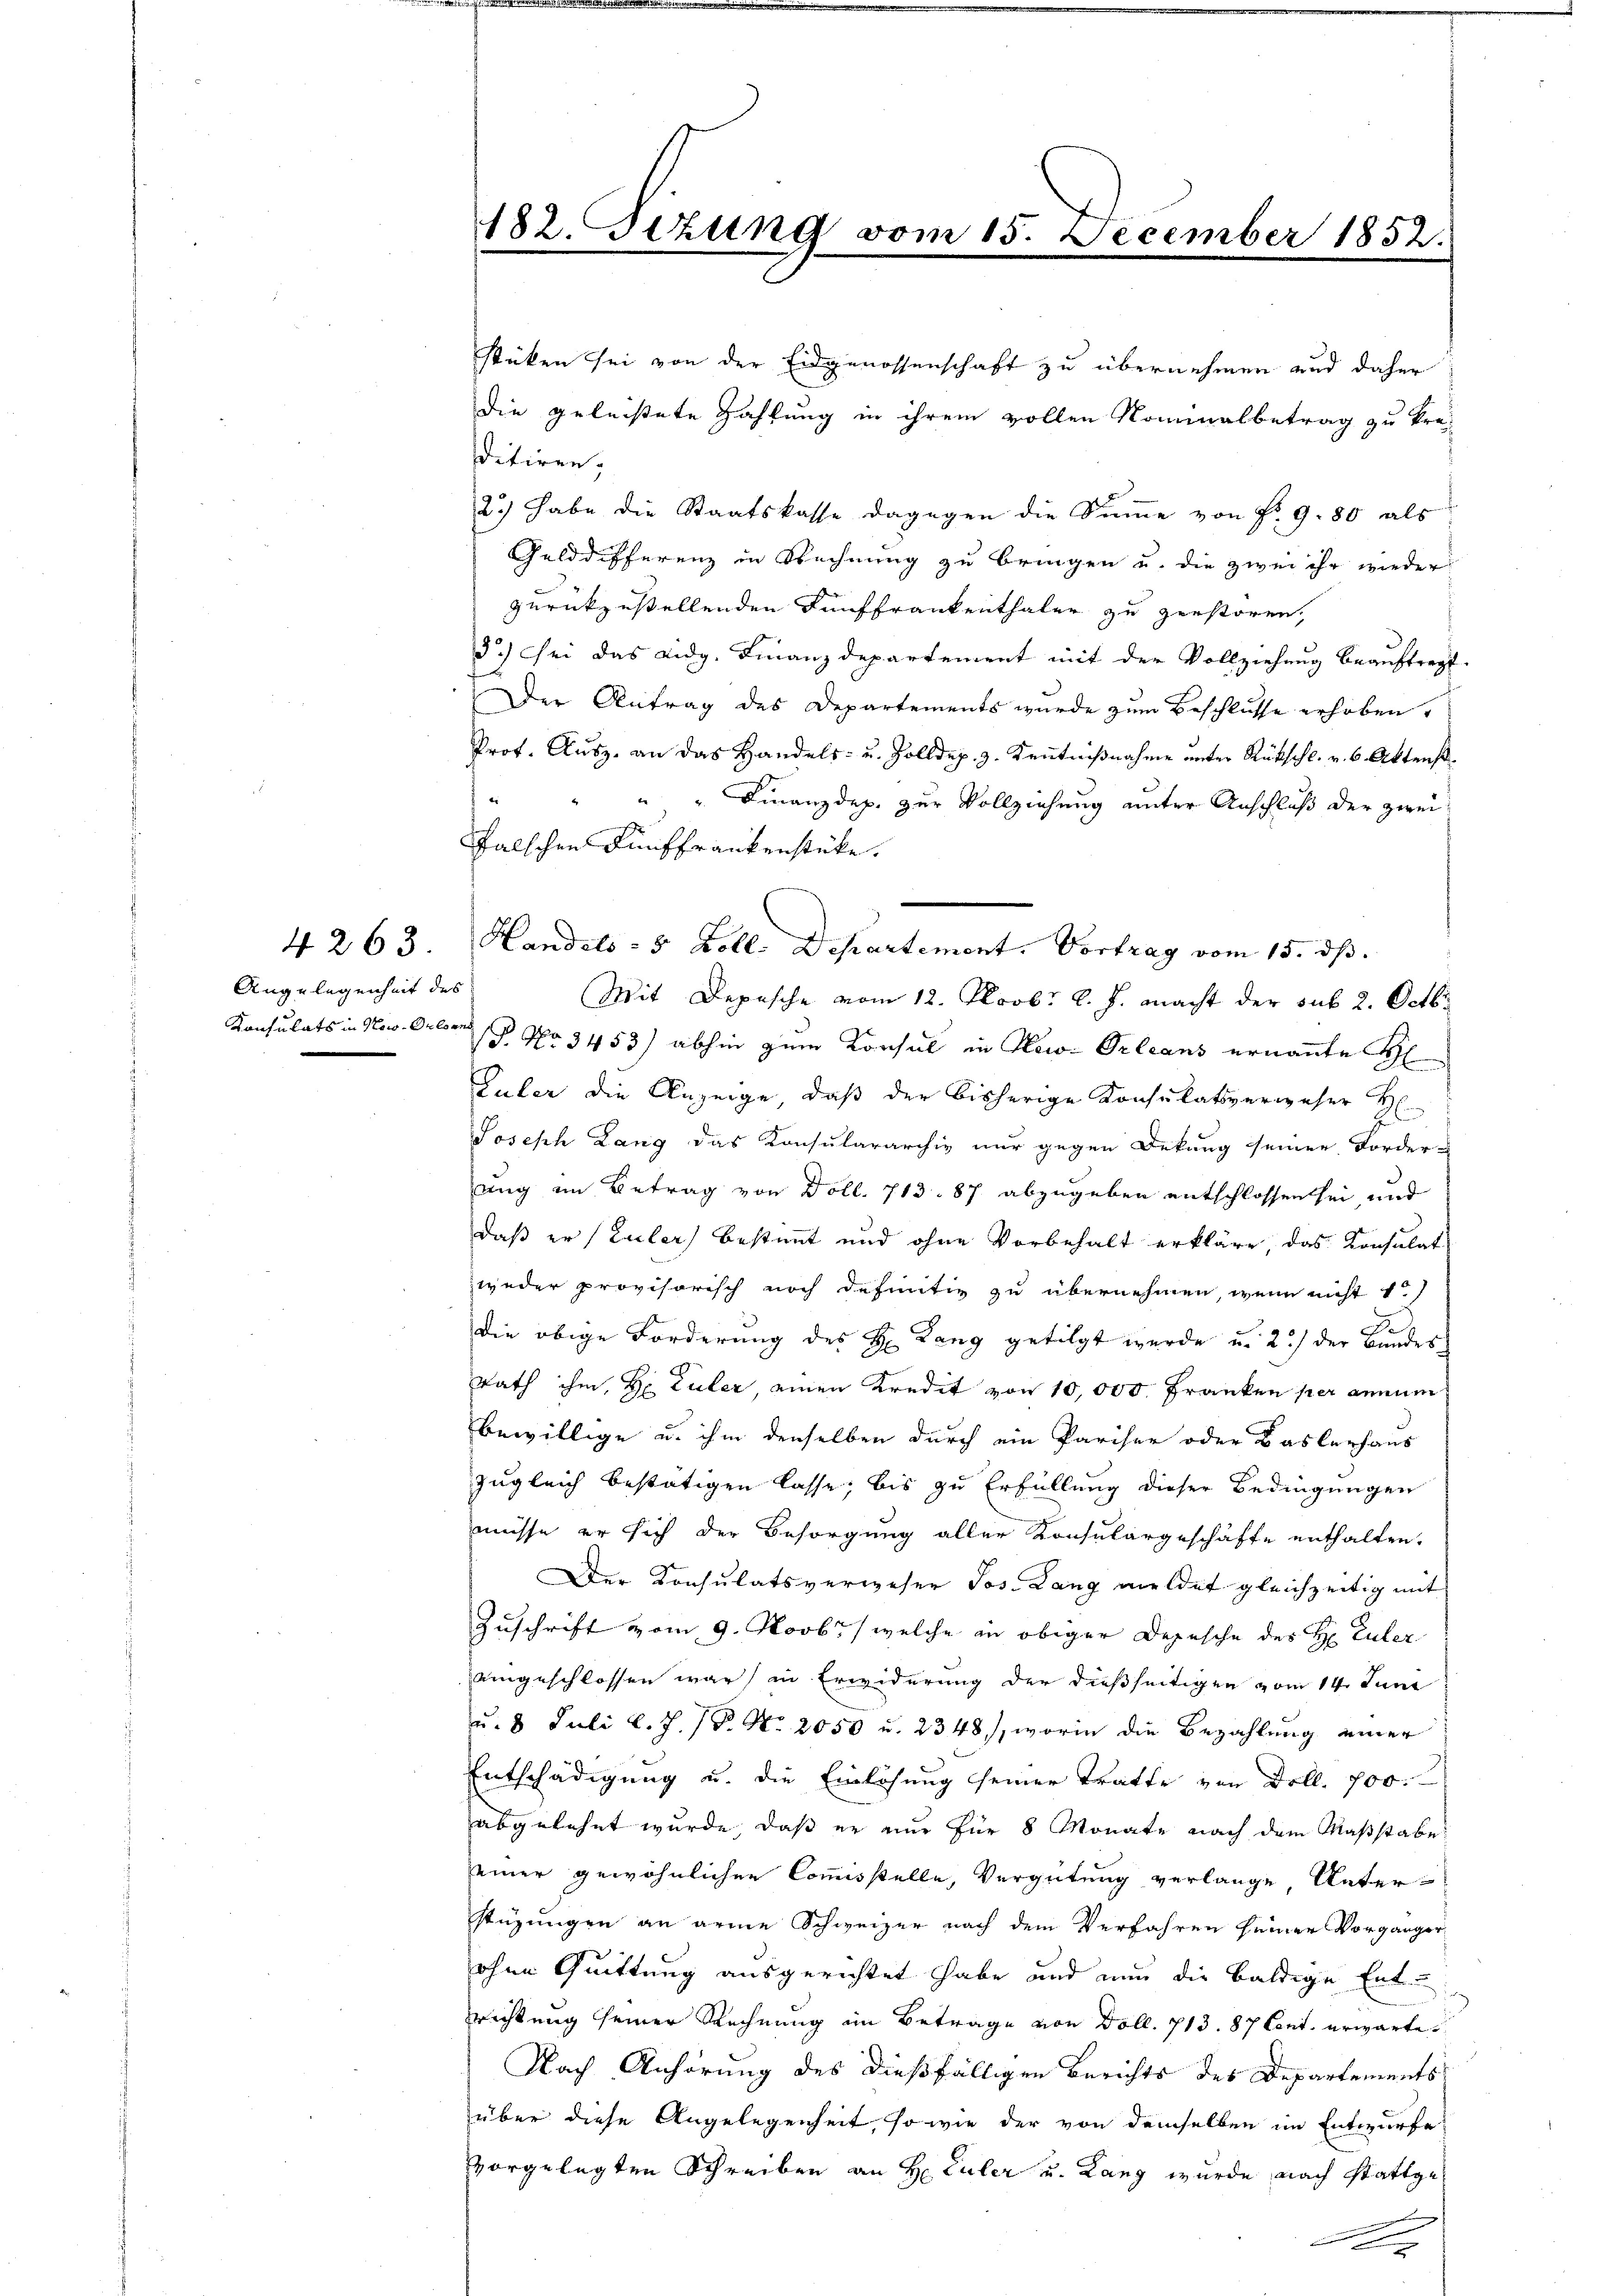
4263
Angelegenheit des

stüken sei von der Eidgenossenschaft zu übernehmen und daher
die geleistete Zahlung in ihrem vollen Nominalbetrag zu kre
ditiren,
2.) Habe die Staatskasse dagegen die Summe von Fr. 9. 80 als
Gelddifferenz in Rechnung zu bringen u. die zwei ihr wieder
zurückzustellenden Fünffrankenthaler zu zerstören,
3.) Sei das Eidg. Finanzdepartement mit der Vollziehung beauftragt.
Der Antrag des Departements wurde zum Beschlüsse erhoben,
Prof. Ausz. an das Handels- u. Zolldep. 3. Kenntnißnahme unter Rückschl. v. 6. Aktenst

" " Finanzdep. zur Vollziehung unter Anschluß der zweifalschen Fünffrankenstücke.
Handels- 5 Zoll. Departement. Vortrag vom 15. dß.
Mit Depesche vom 12. Novbr. l. J. macht der sub. 2. Octbr
Konsulats in Nov. Obern P. Nr. 3453) abhin zum Konsul in New-Orleans ernannte H
Guler die Anzeige, daß der bisherige Konsulatsverweser H
Joseph Lang das Konsulararchiv nur gegen Dekung seiner Forder-
ung im Betrag von Doll. 713. 87 abzugeben entschlossen sei, und
daß er (Luler) bestimmt und ohne Vorbehalt erkläre, das Konsulat
weder provisorisch noch definitiv zu übernehmen, wenn nicht 1
.
die obige Forderung des H: Lang getilgt wurde u. 2) der Bundes
Rath ihm, H. Euler, einen Kredit von 10,000 Franken per annum
bewillige u. ihm denselben durch ein Pariser oder Baslerhaus
zugleich bestätigen lasse, bis zu Erfüllung dieser Bedingungen
müsse er sich der Besorgung aller Konsulargeschäfte enthalten.
Der Konsulatsverweser Jos. Lang meldet gleichzeitig mit
Zuschrift vom 9. Novbr., welche in obiger Depesche des H. Enter
eingeschlossen war in Erwiderung der dießseitigen vom 14. Juni
u. 8. Juli l. J. P. Nr. 2050 u. 2348), worin die Bezahlung einer
Entschädigung u. die Einlösung seiner Tratte von Doll. 700.
abgelehnt wurde, daß er nur für 8 Monate nach dem Maßstabe
einer gewöhnlichen Commisstelle, Vergütung verlange, Unterstüzungen an arme Schweizer nach dem Verfahren seiner Vorgänger
ohne Quittung ausgerichtet habe und nun die baldige Entrichtung seiner Rechnung im Betrage von Doll. 713. 87 Cent. erwarte
Nach Anhörung des dießfälligen Berichts des Departements
über diese Angelegenheit, so wie der von demselben im Entwurfe
vorgelegten Schreiben an H Euler u. Lang wurde, nach stattge¬
.

182. Tizung vom 15. December 1852.